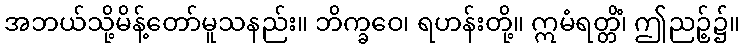
အဘယ်သို့မိန့်တော်မူသနည်း။ ဘိက္ခဝေ၊ ရဟန်းတို့။ ဣမံရတ္တိံ၊ ဤညဉ့်၌။